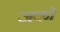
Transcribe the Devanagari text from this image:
जको